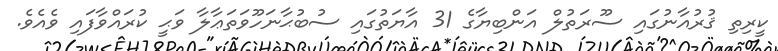
ކީރިތި ޤުރުއާނުގައި ސޫރަތުލް އަންބިޔާގެ 31 އާޔަތުގައި ސުބުޙާނަހޫވަތަޢާލާ ވަޙީ ކުރައްވާފައި ވެއެވެ.